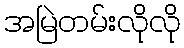
အမြဲတမ်းလိုလို